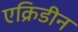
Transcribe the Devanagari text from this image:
एक्रिडीन